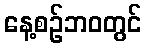
နေ့စဉ်ဘဝတွင်